system: You are a helpful assistant.
user:
Analyze the provided spectrum to determine if it is a **S-type Star**.

- **Key Indicators for S-type Star:**

    - **(Overall Spectrum Shape):** The first and most obvious characteristic is the overall continuum (the "baseline" shape). It is **extremely "red-sloping,"** meaning the flux (light intensity) is very low on the left side (blue, ~4000-4500 Å) and rises steeply and continuously toward the right side (red, ~7000 Å+).

    - **(Primary):** The spectrum is defined by the presence of strong, broad molecular absorption "valleys" (bands) from **Zirconium Oxide (ZrO)**. The identification of these bands is the **primary requirement** for classifying a star as S-type.
        - **(Key Bandheads):** You must find distinct, deep "dips" where the light has been absorbed. The most critical band systems to locate are:
            - **~6474 Å** ($\gamma$-system): This is often the strongest and clearest ZrO feature, found in the red part of the spectrum.
            - **~5718 Å** & **~5551 Å** ($\beta$-system): A pair of prominent absorption features in the yellow-orange part of the spectrum.
            - **~4640 Å** ($\alpha$-system): A key absorption band system in the blue-green region of the spectrum.

    - **(Secondary Confirmation):** The classification is strengthened by finding additional absorption bands from other related heavy element oxides, which are expected to be present alongside ZrO.
        - **(Key Bandheads):**
            - **Yttrium Oxide (YO):** Look for absorption dips near **~4800 Å** and **~6100 Å**.
            - **Lanthanum Oxide (LaO):** Additional absorption features, particularly in the red-orange part of the spectrum, are also characteristic.

    - **(Line Profile):** The combination of the steep red continuum and these numerous, deep molecular bands (ZrO, YO, etc.) gives the entire spectrum a very **"chopped-up"** or **"bumpy"** appearance. Instead of a smooth curve, the spectrum looks as though large, wide chunks of light have been "carved out" of it at the specific wavelengths listed above.

Think first, call **spectral_visualization_tool** if needed to examine features in detail, then provide your final answer. Your response must adhere to the following strict rules:
1.  **Overall Structure:** Your response must follow the format `<think>...</think> <tool_call>...</tool_call> (if a tool is used) <answer>...</answer>`.
2.  **Tool Usage Constraint:** You may only make **one** tool call per turn.
3.  **Final Answer Format:** In the `<answer>` tag, your conclusion must be inside a `\boxed{}` command (e.g., `\boxed{YES}` or `\boxed{NO}`), followed by your justification.

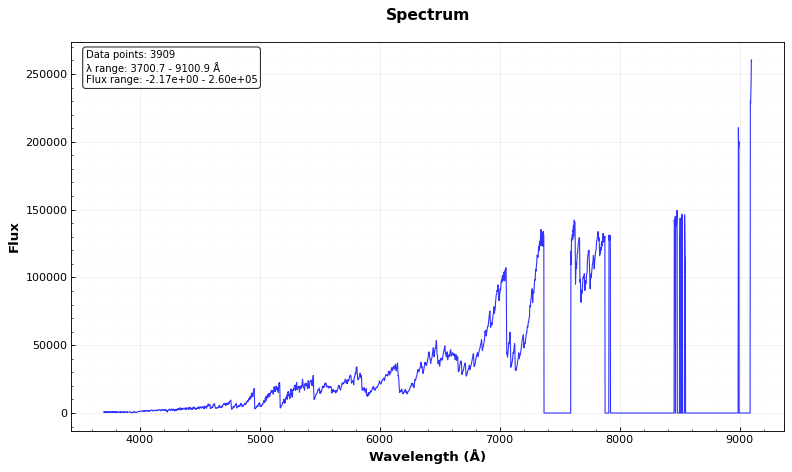
Answer: YES